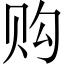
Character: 购